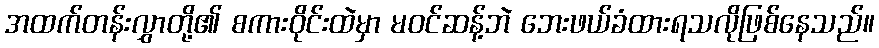
အထက်တန်းလွှာတို့၏ စကားဝိုင်းထဲမှာ မဝင်ဆန့်ဘဲ ဘေးဖယ်ခံထားရသလိုဖြစ်နေသည်။